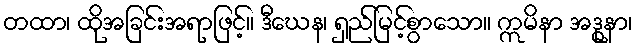
တထာ၊ ထိုအခြင်းအရာဖြင့်။ ဒီဃေန၊ ရှည်မြင့်စွာသော။ ဣမိနာ အဒ္ဓုနာ၊